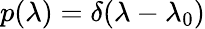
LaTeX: p(\lambda)=\delta(\lambda-\lambda_{0})